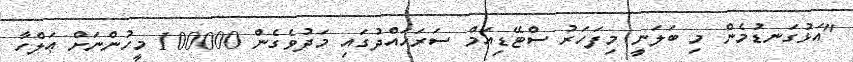
"އަޅުގަނޑުމެން މި ބަލަނީ މިފަހަރު ސްޓޭޑިއަމް ސަރަހައްދުގައި މަދުވެގެން 100000 މީހުންނަށް ޢަލްހާ